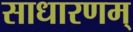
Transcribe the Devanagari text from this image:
साधारणम्